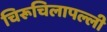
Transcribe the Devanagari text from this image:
चिरूचिलापल्ली